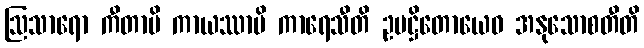
ဩသာရော ကီတာပိ ကာယဿာပိ ကာရေသီတိ ဥပဋ္ဌိတောယေဝ အနုသောစတီတိ